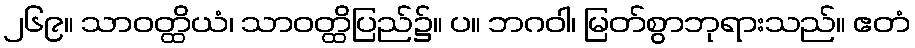
၂၆၉။ သာဝတ္ထိယံ၊ သာဝတ္ထိပြည်၌။ ပ။ ဘဂဝါ၊ မြတ်စွာဘုရားသည်။ ဧတံ